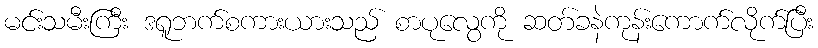
မင်းသမီးကြီး ဒရူဘက်စကားယားသည် စာပုလွေကို ဆတ်ခနဲကုန်းကောက်လိုက်ပြီး